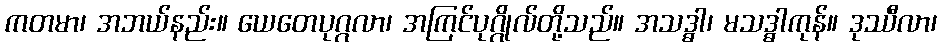
ကတမာ၊ အဘယ်နည်း။ ယေတေပုဂ္ဂလာ၊ အကြင်ပုဂ္ဂိုလ်တို့သည်။ အသဒ္ဓါ၊ မသဒ္ဓါကုန်။ ဒုဿီလာ၊